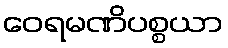
ဝေရမဏိပစ္စယာ